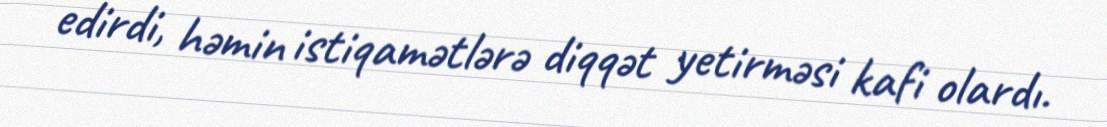
edirdi, həmin istiqamətlərə diqqət yetirməsi kafi olardı.